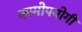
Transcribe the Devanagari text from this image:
कामोपयोगी